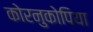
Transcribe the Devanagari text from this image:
कोरनुकोपिया